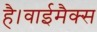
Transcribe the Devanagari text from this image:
है।वाईमैक्स